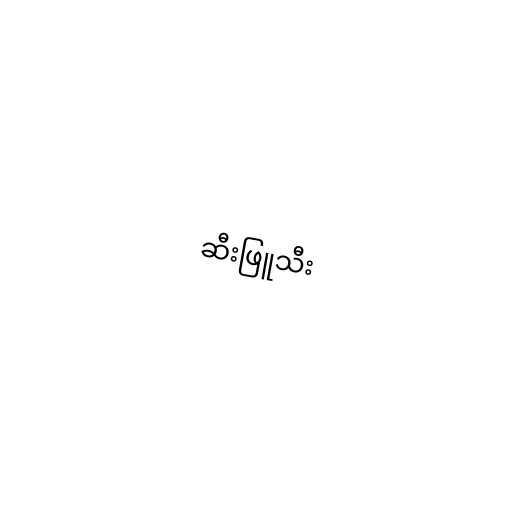
ဆီးဖြူသီး